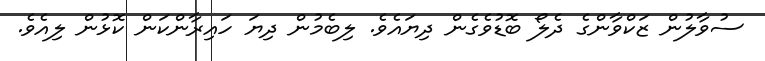
ސުވާލުން ޒަކްވާންގެ ދެލޯ ބޮޑުވެގެން ދިޔައެވެ. ލިބެމުން ދިޔަ ހައިރާންކަން ކޮޅުން ލިއެވެ.